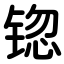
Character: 锪